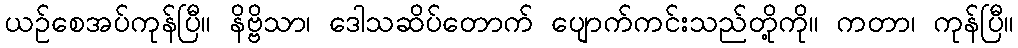
ယဉ်စေအပ်ကုန်ပြီ။ နိဗ္ဗိသာ၊ ဒေါသဆိပ်တောက် ပျောက်ကင်းသည်တို့ကို။ ကတာ၊ ကုန်ပြီ။